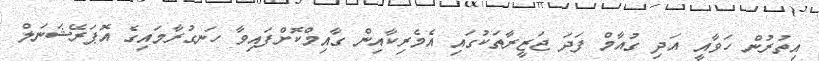
އިތުރުން ހަވާއީ އަދި ގުއާމް ފަދަ ޖަޒީރާތަކުގައި އެމެރިކާއިން ގާއިމްކޮށްފައިވާ ހަނގުރާމައިގެ އޮޕަރޭޝަނަލް